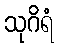
သုဂိရံ